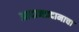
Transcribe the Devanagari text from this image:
आदानप्रदानाचा